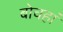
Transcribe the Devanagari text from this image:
बोचहां